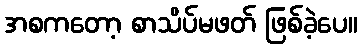
အစကတော့ စာသိပ်မဖတ် ဖြစ်ခဲ့ပေ။